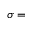
\sigma =